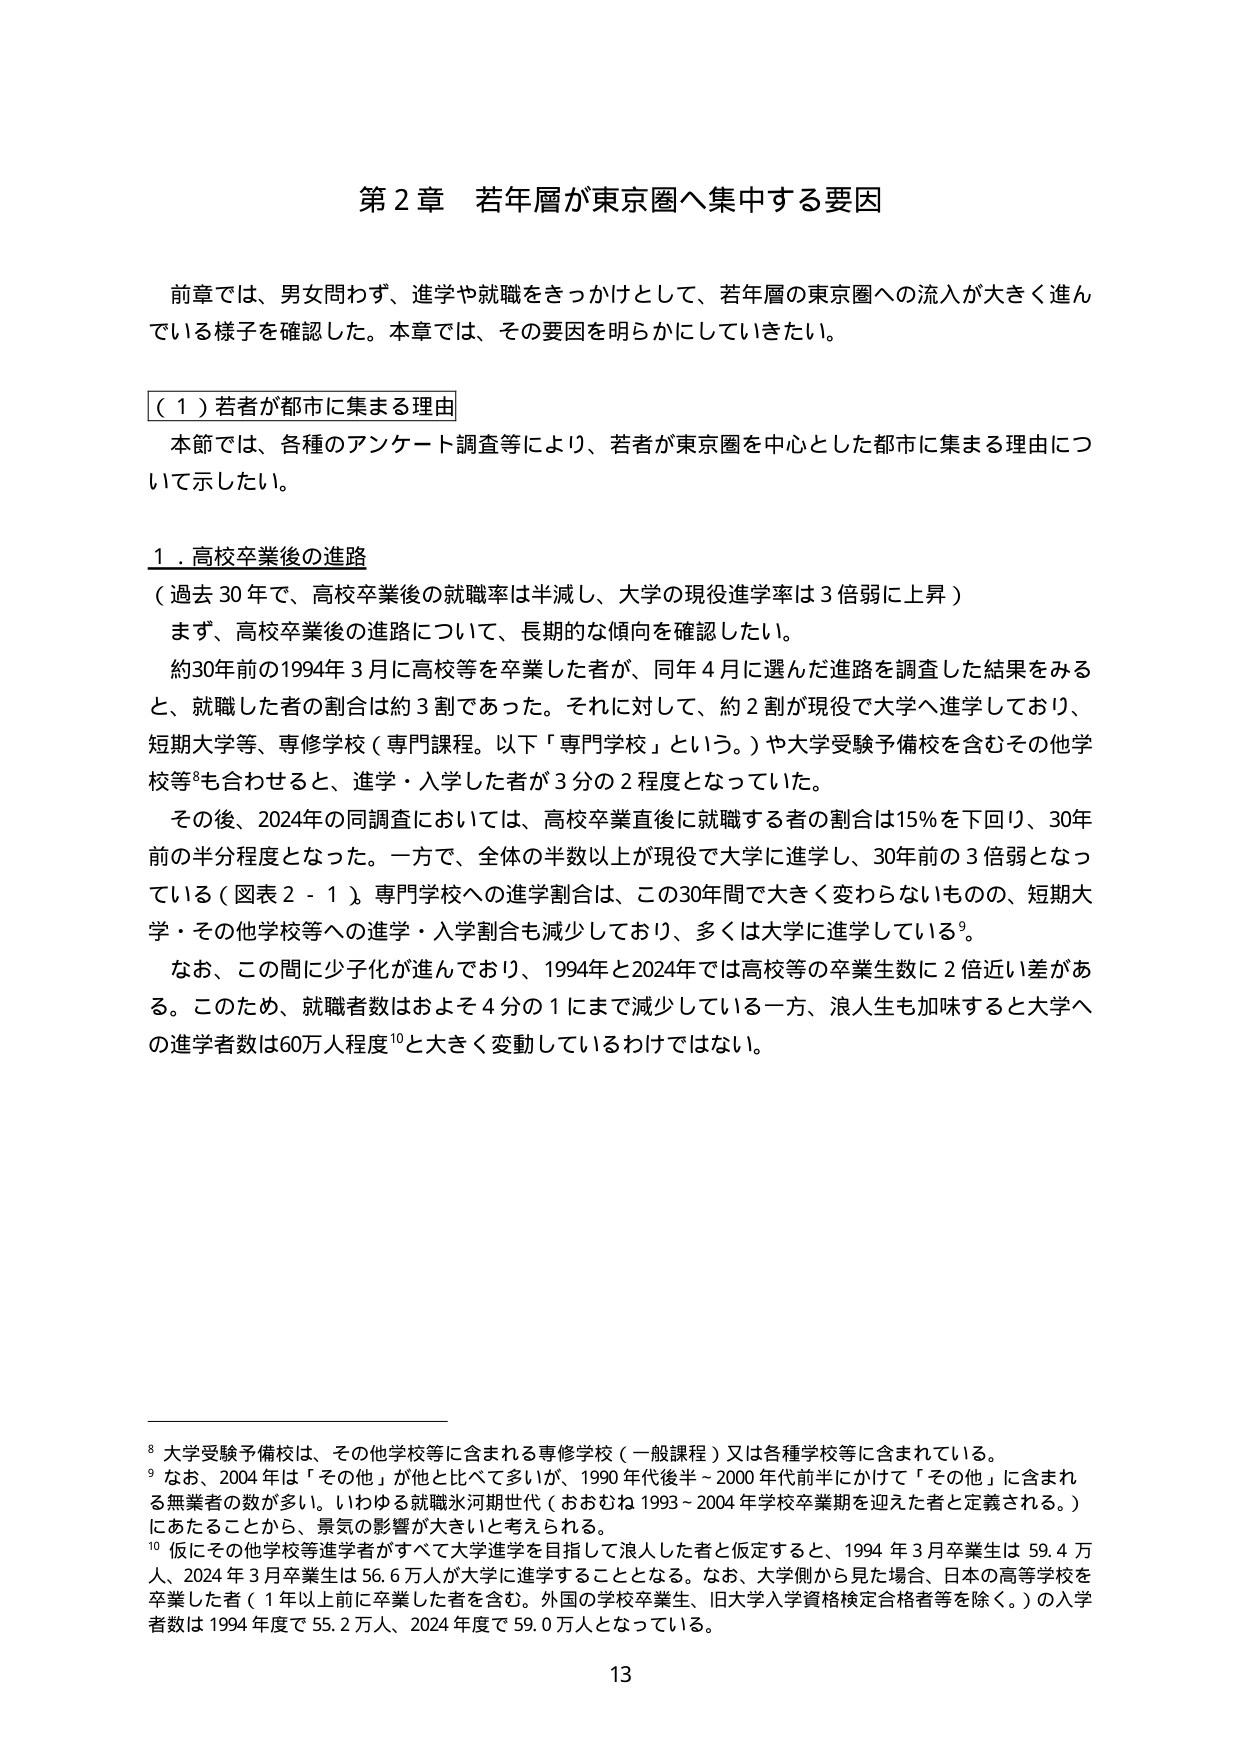
第２章 若年層が東京圏へ集中する要因

前章では、男女問わず、進学や就職をきっかけとして、若年層の東京圏への流入が大きく進んでいる様子を確認した。本章では、その要因を明らかにしていきたい。

（１）若者が都市に集まる理由

本節では、各種のアンケート調査等により、若者が東京圏を中心とした都市に集まる理由について示したい。

１．高校卒業後の進路

（過去30年で、高校卒業後の就職率は半減し、大学の現役進学率は3倍弱に上昇）

まず、高校卒業後の進路について、長期的な傾向を確認したい。

約30年前の1994年3月に高校等を卒業した者が、同年4月に選んだ進路を調査した結果をみると、就職した者の割合は約3割であった。それに対して、約2割が現役で大学へ進学しており、短期大学等、専修学校（専門課程。以下「専門学校」という。）や大学受験予備校を含むその他学校等⁸も合わせると、進学・入学した者が3分の2程度となっていた。

その後、2024年の同調査においては、高校卒業直後に就職する者の割合は15％を下回り、30年前の半分程度となった。一方で、全体の半数以上が現役で大学に進学し、30年前の3倍弱となっている（図表2-1）。専門学校への進学割合は、この30年間で大きく変わらないものの、短期大学・その他学校等への進学・入学割合も減少しており、多くは大学に進学している⁹。

なお、この間に少子化が進んでおり、1994年と2024年では高校等の卒業生数に2倍近い差がある。このため、就職者数はおよそ4分の1にまで減少している一方、浪人生も加味すると大学への進学者数は60万人程度¹⁰と大きく変動しているわけではない。

⁸ 大学受験予備校は、その他学校等に含まれる専修学校（一般課程）又は各種学校等に含まれている。

⁹ なお、2004年は「その他」が他と比べて多いが、1990年代後半～2000年代前半にかけて「その他」に含まれる無業者の数が多い。いわゆる就職氷河期世代（おおむね1993～2004年学校卒業期を迎えた者と定義される。）にあたることから、景気の影響が大きいと考えられる。

¹⁰ 仮にその他学校等進学者がすべて大学進学を目指して浪人した者と仮定すると、1994年3月卒業生は59.4万人、2024年3月卒業生は56.6万人が大学に進学することとなる。なお、大学側から見た場合、日本の高等学校を卒業した者（1年以上前に卒業した者を含む。外国の学校卒業生、旧大学入学資格検定合格者等を除く。）の入学者数は1994年度で55.2万人、2024年度で59.0万人となっている。

13